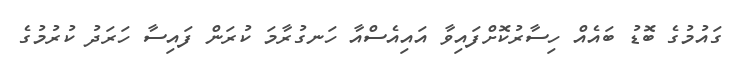
ގައުމުގެ ބޮޑު ބައެއް ހިސާރުކޮށްފައިވާ އައިއެސްއާ ހަނގުރާމަ ކުރަން ފައިސާ ހަރަދު ކުރުމުގެ